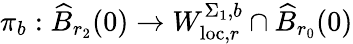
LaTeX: \pi_{b}:\widehat{B}_{r_{2}}(0)\to W_{\mathrm{loc},r}^{\Sigma_{1},b}\cap\widehat{B}_{r_{0}}(0)